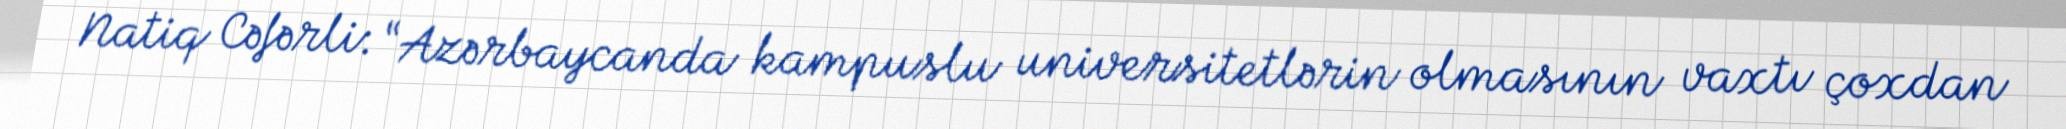
Natiq Cəfərli: “Azərbaycanda kampuslu universitetlərin olmasının vaxtı çoxdan